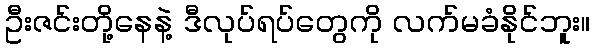
ဦးဇင်းတို့နေနဲ့ ဒီလုပ်ရပ်တွေကို လက်မခံနိုင်ဘူး။